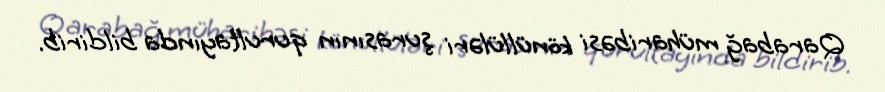
Qarabağ müharibəsi könüllüləri şurasının qurultayında bildirib.